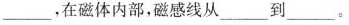
___，在磁体内部，磁感线从___到___。